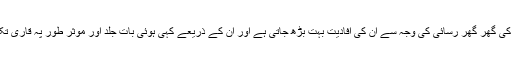
تاہم ان ڈائجسٹوں کی گھر گھر رسائی کی وجہ سے ان کی افادیت بہت بڑھ جاتی ہے اور ان کے ذریعے کہی ہوئی بات جلد اور موثر طور پہ قاری تک پہنچ جاتی ہے۔